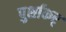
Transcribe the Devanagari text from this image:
पुर्शाकर्